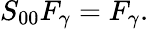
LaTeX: S_{00}F_{\gamma}=F_{\gamma}.